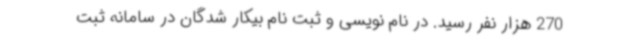
270 هزار نفر رسید. در نام نویسی و ثبت نام بیکار شدگان در سامانه ثبت